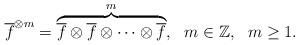
LaTeX: \begin{align*}\overline{f}^{\otimes m} =\overbrace{\overline{f} \otimes \overline{f} \otimes \cdots \otimes \overline{f}}^{m},\ \ m \in \mathbb{Z}, \ \ m \geq 1 .\end{align*}